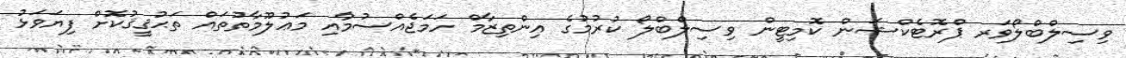
ވިސިލްބްލޯވަރ ޕްރޮޓެކްޝަން ކޮމިޓީން ވިސިލްބްލޯ ކުރުމުގެ އިންތިޒާމް ހަމަޖެއްސުމުާއި މަޢުލޫމާތުތައް ތަޙުޤީޤުކޮށް ފިޔަވަޅު